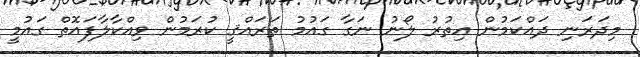
މިދަރަނި ދައްކަމުން އިތުރު ލޯނު ނަގާ ގައުމު ތަރައްޤީ ކުރަމުން ވިއްކާލާފައޮތް ގައުމީ